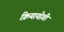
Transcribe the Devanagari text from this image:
क्रियायोगी